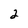
Character: 2